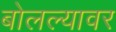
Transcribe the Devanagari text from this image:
बोलल्यावर